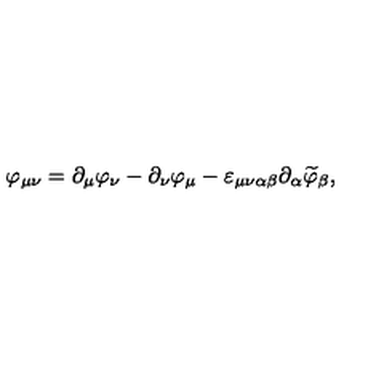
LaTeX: \varphi _ { \mu \nu } = \partial _ { \mu } \varphi _ { \nu } - \partial _ { \nu } \varphi _ { \mu } - \varepsilon _ { \mu \nu \alpha \beta } \partial _ { \alpha } \widetilde { \varphi } _ { \beta } ,